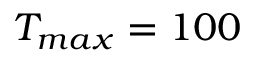
T _ { m a x } = 1 0 0